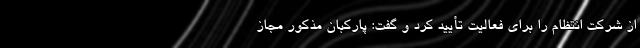
از شرکت انتظام را برای فعالیت تأیید کرد و گفت: پارکبان مذکور مجاز